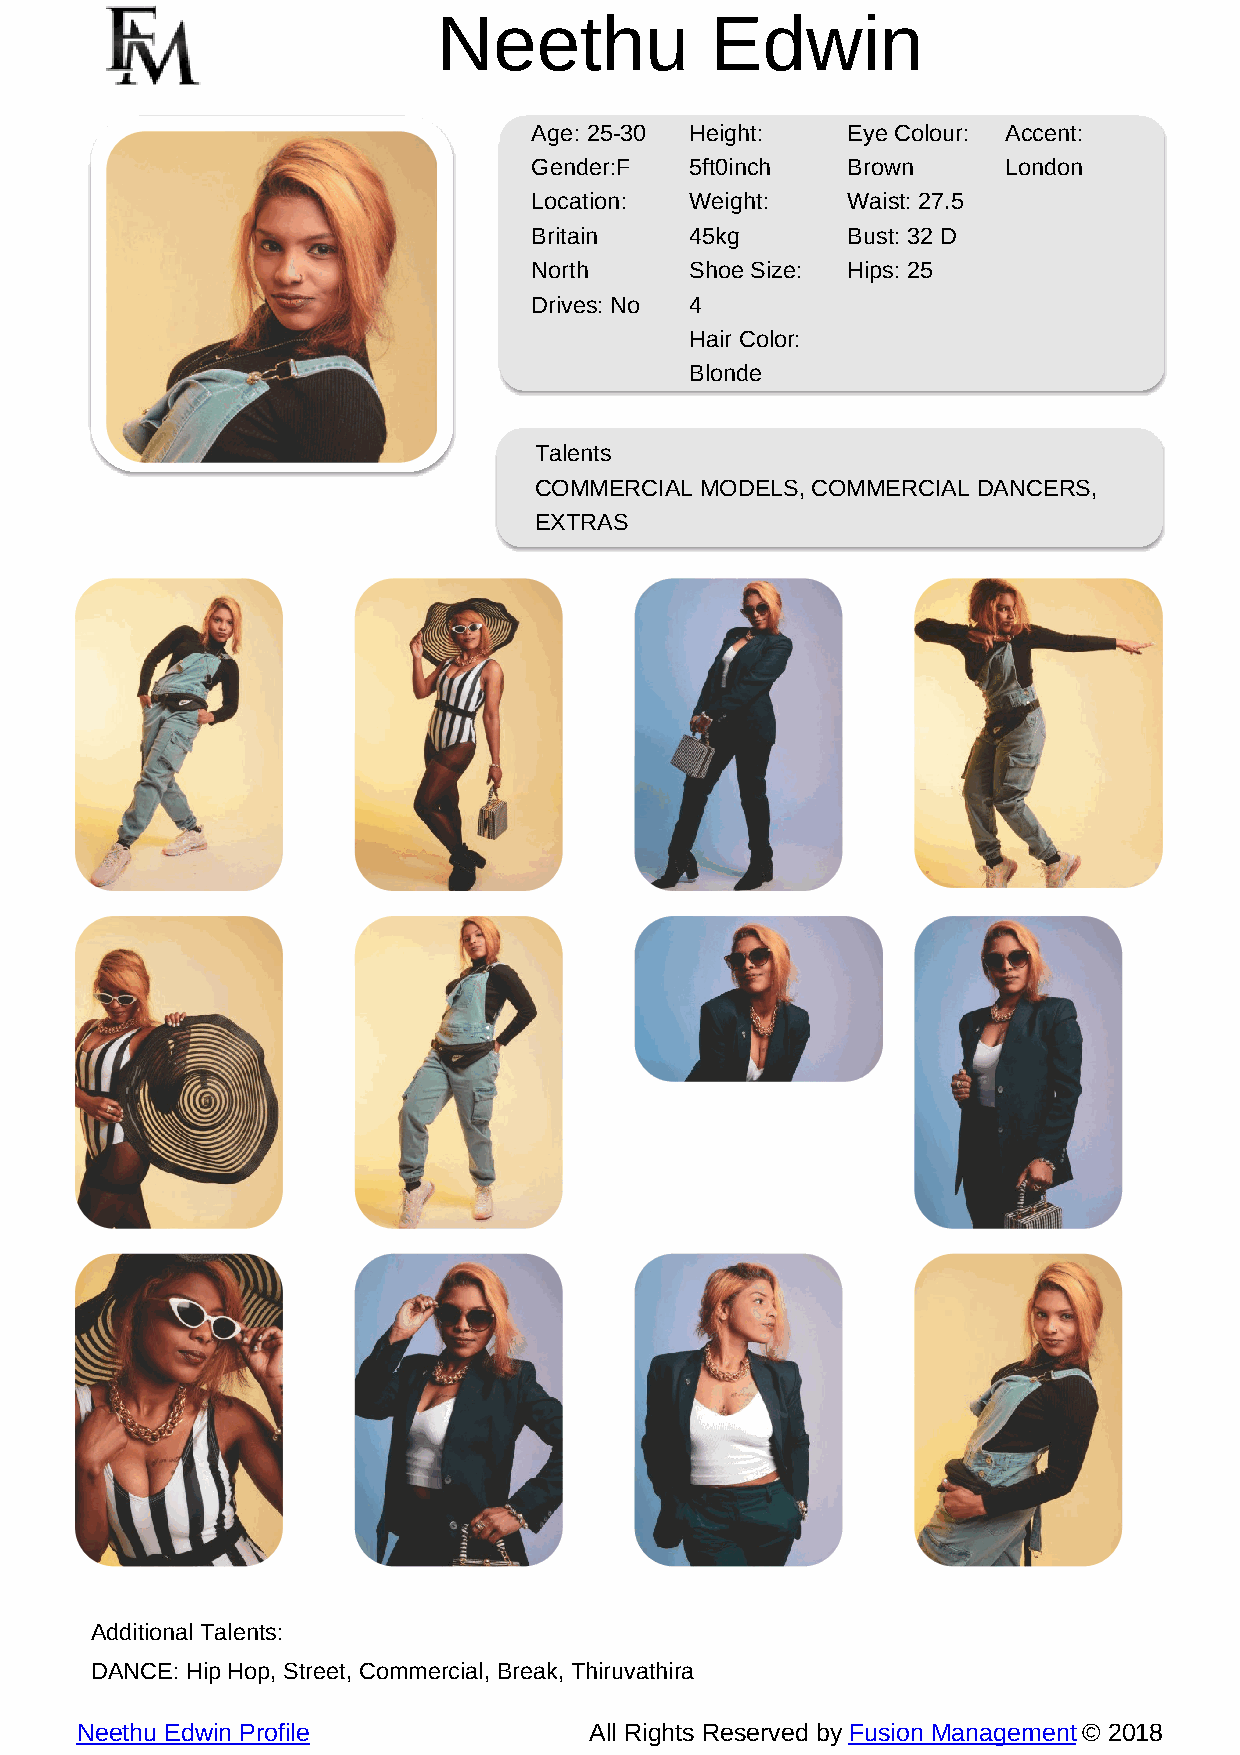
Neethu            Edwin
 Age: 25-30 Height:   Eye Colour: Accent:
 Gender:F   5ft0inch  Brown      London
 Location:  Weight:   Waist: 27.5
 Britain    45kg      Bust: 32 D
 North      Shoe Size: Hips: 25
 Drives: No 4
 Hair Color:
 Blonde
 Talents
 COMMERCIAL MODELS, COMMERCIAL DANCERS,
 EXTRAS
 Additional Talents:
 DANCE: Hip Hop, Street, Commercial, Break, Thiruvathira
 Neethu Edwin Profile              All Rights Reserved by Fusion Management © 2018